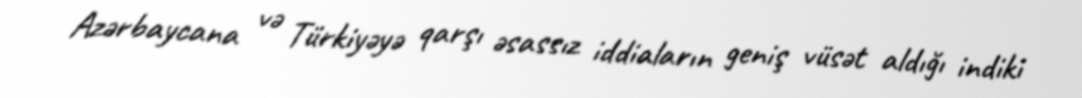
Azərbaycana və Türkiyəyə qarşı əsassız iddiaların geniş vüsət aldığı indiki